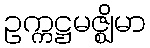
ဥက္ကဋ္ဌမဇ္ဈိမာ